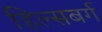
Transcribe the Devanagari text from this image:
हिल्सबर्ग